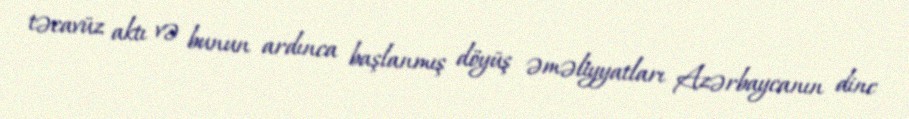
təcavüz aktı və bunun ardınca başlanmış döyüş əməliyyatları Azərbaycanın dinc